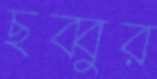
ছব্বুর